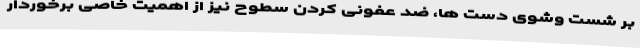
بر شست وشوی دست ها، ضد عفونی کردن سطوح نیز از اهمیت خاصی برخوردار